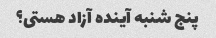
پنج شنبه آینده آزاد هستی؟